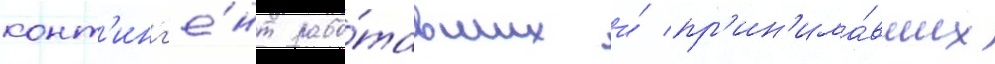
конт'инг'е́нт рабо́тавших и́ пр'ин'има́вших